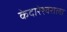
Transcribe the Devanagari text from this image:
केदारेश्वराला